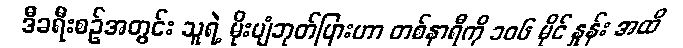
ဒီခရီးစဉ်အတွင်း သူရဲ့ မိုးပျံဘုတ်ပြားဟာ တစ်နာရီကို ၁၀၆ မိုင် နှုန်း အထိ